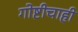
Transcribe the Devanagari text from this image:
गोष्टीचाही